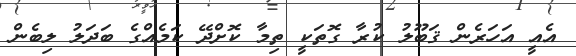
އެއީ އަހަރެން ޤަބޫލު ކުރާ ގޮތަކީ ތިމާ ކޮށްދޭ ކަމެއްގެ ބަދަލު ލިބެން